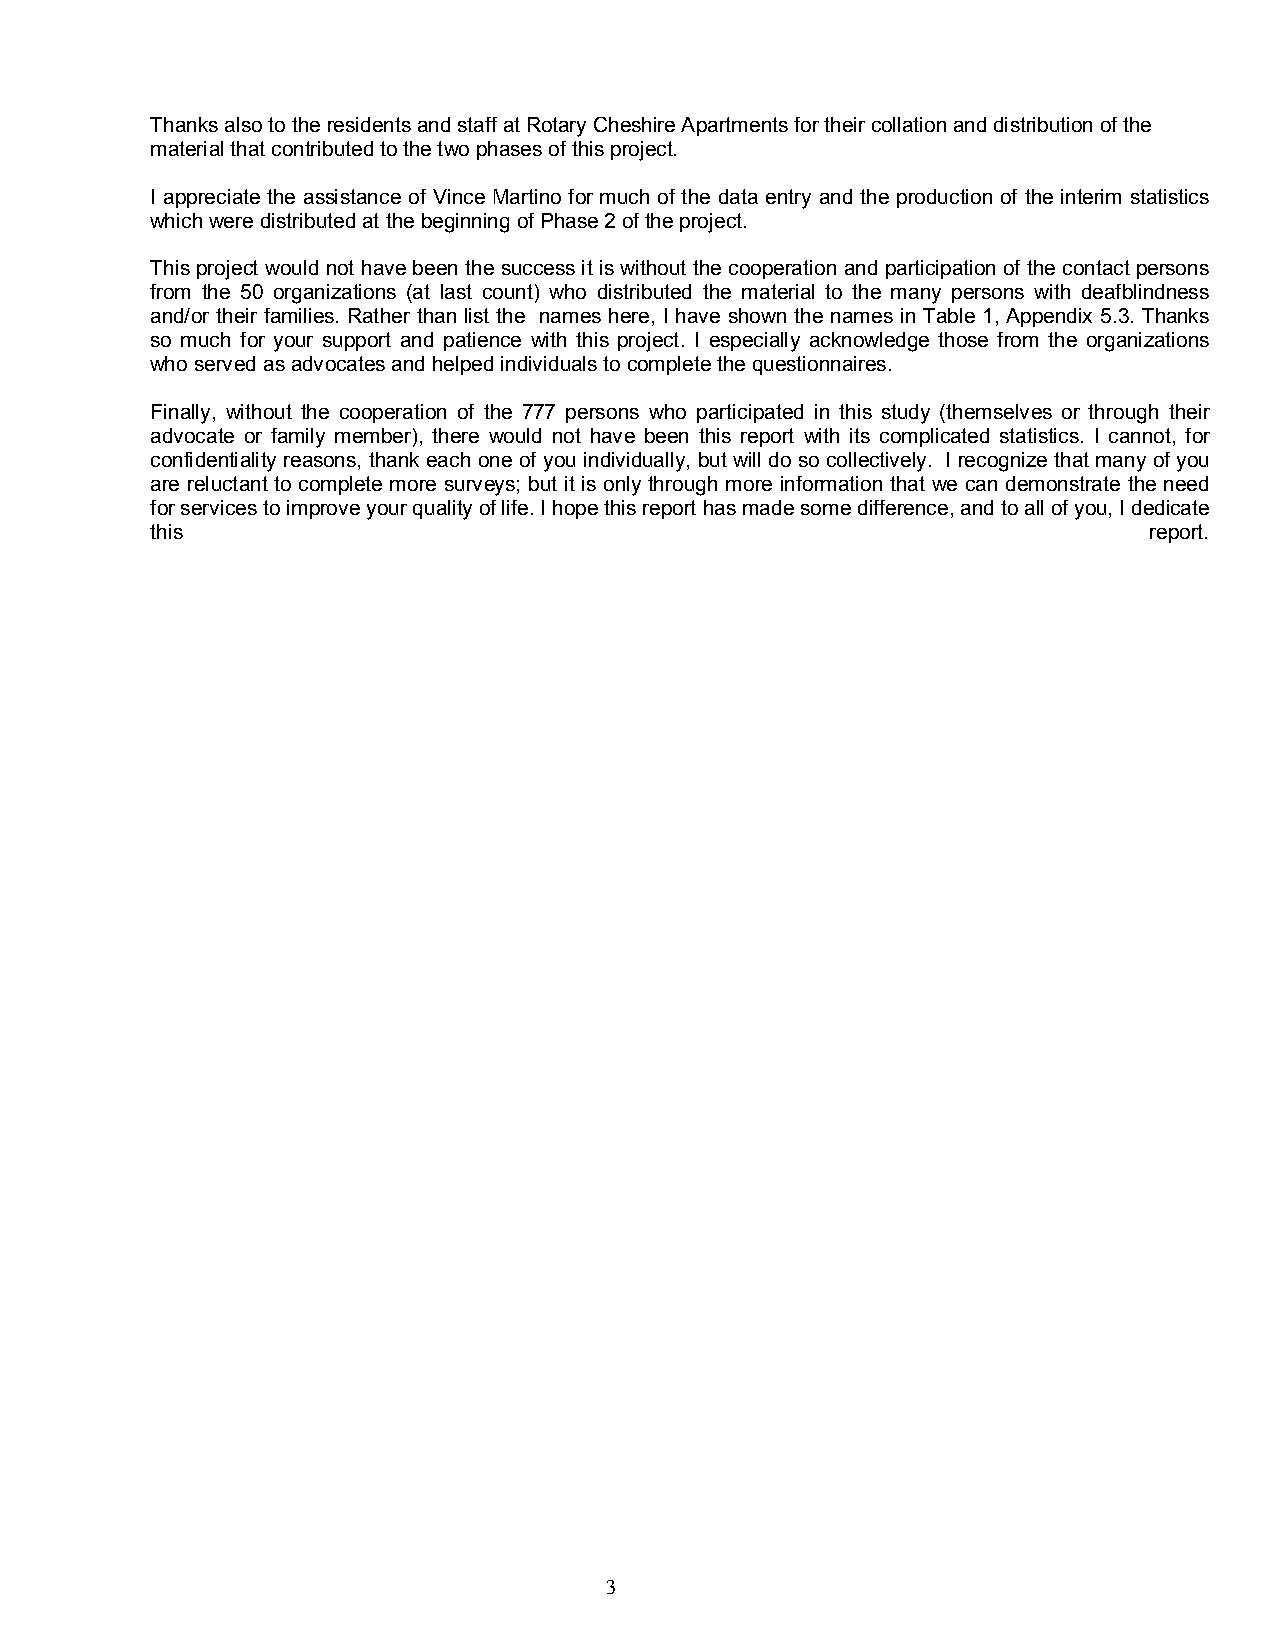
Thanks also to the residents and staff at Rotary Cheshire Apartments for their collation and distribution of the
 material that contributed to the two phases of this project.
 I appreciate the assistance of Vince Martino for much of the data entry and the production of the interim statistics
 which were distributed at the beginning of Phase 2 of the project.
 This project would not have been the success it is without the cooperation and participation of the contact persons
 from the 50 organizations (at last count) who distributed the material to the many persons with deafblindness
 and/or their families. Rather than list the names here, I have shown the names in Table 1, Appendix 5.3. Thanks
 so much for your support and patience with this project. I especially acknowledge those from the organizations
 who served as advocates and helped individuals to complete the questionnaires.
 Finally, without the cooperation of the 777 persons who participated in this study (themselves or through their
 advocate or family member), there would not have been this report with its complicated statistics. I cannot, for
 confidentiality reasons, thank each one of you individually, but will do so collectively. I recognize that many of you
 are reluctant to complete more surveys; but it is only through more information that we can demonstrate the need
 for services to improve your quality of life. I hope this report has made some difference, and to all of you, I dedicate
 this                                                              report.
 3